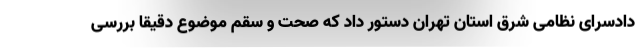
دادسرای نظامی شرق استان تهران دستور داد که صحت و سقم موضوع دقیقا بررسی